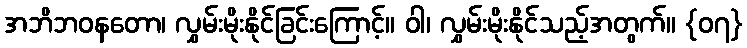
အဘိဘဝနတော၊ လွှမ်းမိုးနိုင်ခြင်းကြောင့်။ ဝါ၊ လွှမ်းမိုးနိုင်သည့်အတွက်။ {၀၇}